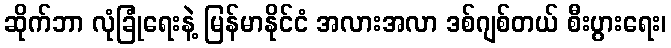
ဆိုက်ဘာ လုံခြုံရေးနဲ့ မြန်မာနိုင်ငံ အလားအလာ ဒစ်ဂျစ်တယ် စီးပွားရေး၊